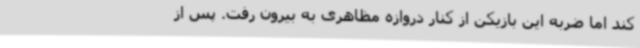
کند اما ضربه این بازیکن از کنار دروازه مظاهری به بیرون رفت. پس از